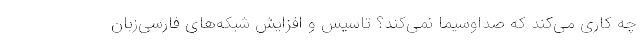
چه کاری می‌کند که صداوسیما نمی‌کند؟ تاسیس و افزایش شبکه‌های فارسی‌زبان